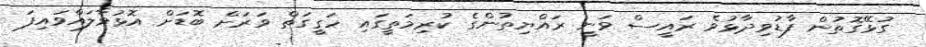
ގުޅޭގޮތުން ފާޑުވިދާޅުވެ ރައީސް ވަނީ ރައްޔިތުންގެ ކުރިމަތީގައި ހަގީގަތް ވަރަށް ބޮޑަށް އޮޅުވާލައްވައިފަ